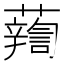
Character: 𧃈